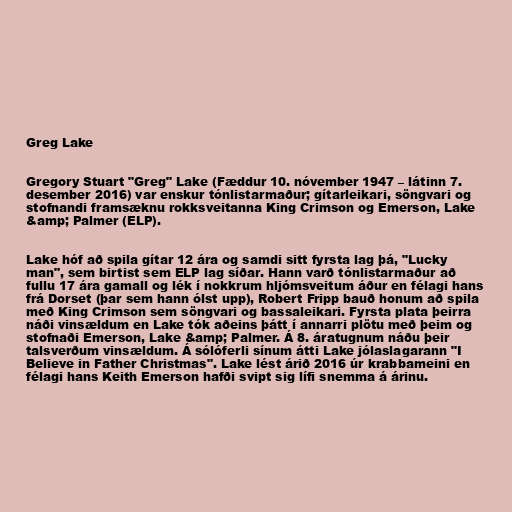
Greg Lake

Gregory Stuart "Greg" Lake (Fæddur 10. nóvember 1947 – látinn 7.
desember 2016) var enskur tónlistarmaður; gítarleikari, söngvari og
stofnandi framsæknu rokksveitanna King Crimson og Emerson, Lake
&amp; Palmer (ELP).

Lake hóf að spila gítar 12 ára og samdi sitt fyrsta lag þá, "Lucky
man", sem birtist sem ELP lag síðar. Hann varð tónlistarmaður að
fullu 17 ára gamall og lék í nokkrum hljómsveitum áður en félagi hans
frá Dorset (þar sem hann ólst upp), Robert Fripp bauð honum að spila
með King Crimson sem söngvari og bassaleikari. Fyrsta plata þeirra
náði vinsældum en Lake tók aðeins þátt í annarri plötu með þeim og
stofnaði Emerson, Lake &amp; Palmer. Á 8. áratugnum náðu þeir
talsverðum vinsældum. Á sólóferli sínum átti Lake jólaslagarann "I
Believe in Father Christmas". Lake lést árið 2016 úr krabbameini en
félagi hans Keith Emerson hafði svipt sig lífi snemma á árinu.